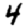
Digit: 4